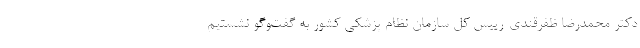
دکتر محمدرضا ظفرقندی-رییس کل سازمان نظام پزشکی کشور به گفت‌وگو نشستیم